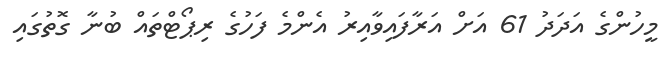
މީހުންގެ އަދަދު 61 އަށް އަރާފައިވާއިރު އެންމެ ފަހުގެ ރިޕޯޓްތައް ބުނާ ގޮތުގައި